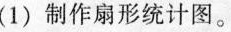
(1)制作扇形统计图。